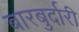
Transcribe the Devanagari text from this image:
बारबुर्दारी